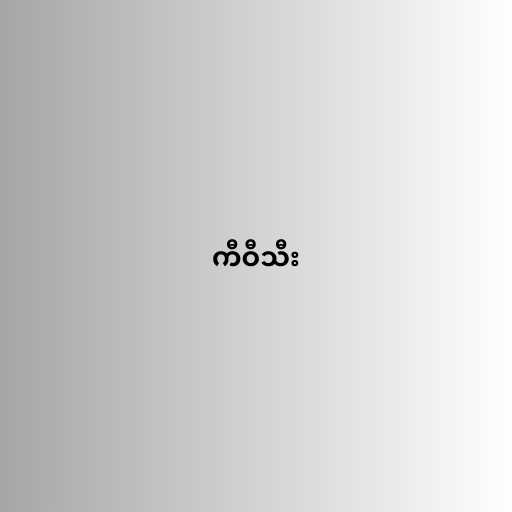
ကီဝီသီး